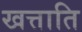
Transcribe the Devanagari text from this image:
खत्ताति